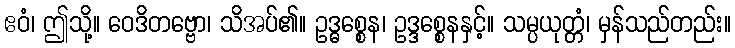
ဧဝံ၊ ဤသို့။ ဝေဒိတဗ္ဗော၊ သိအပ်၏။ ဥဒ္ဓစ္စေန၊ ဥဒ္ဒစ္စေနနှင့်။ သမ္ပယုတ္တံ၊ မှန်သည်တည်း။